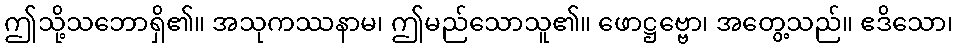
ဤသို့သဘောရှိ၏။ အသုကဿနာမ၊ ဤမည်သောသူ၏။ ဖောဋ္ဌဗ္ဗော၊ အတွေ့သည်။ ဧဒိသော၊